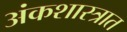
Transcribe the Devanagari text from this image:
अंकशास्त्रात